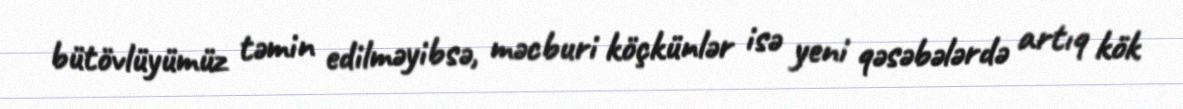
bütövlüyümüz təmin edilməyibsə, məcburi köçkünlər isə yeni qəsəbələrdə artıq kök